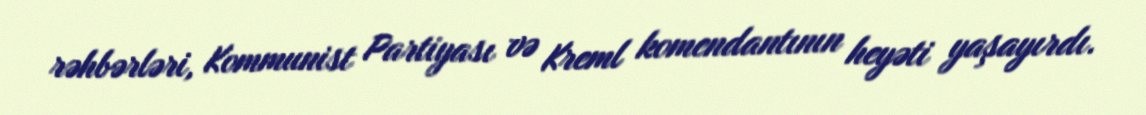
rəhbərləri, Kommunist Partiyası və Kreml komendantının heyəti yaşayırdı.